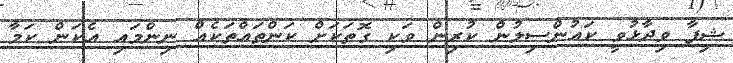
ޝިފާ ވިދާޅުވީ ކައުންސިލުން ކުރިން ވަކި ގޮތަކަށް ކަންތައްތަކެއް ނިންމައި އެކަން ކަމާ